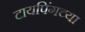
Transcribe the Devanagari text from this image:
टायपिंगच्या